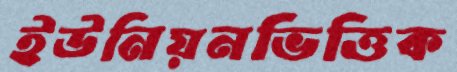
ইউনিয়নভিত্তিক